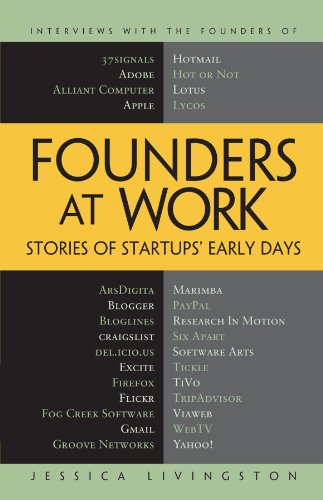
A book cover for Founders at Work: Stories of Startups' Early Days; Jessica Livingston; Computers & Technology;